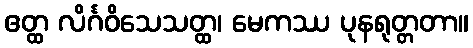
ဧတ္ထ လိင်္ဂဝိသေသတ္ထ၊ မေကဿ ပုနရုတ္တတာ။